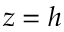
z = h